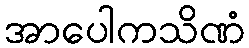
အာပေါကသိဏံ